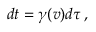
d t = \gamma ( v ) d \tau \, ,